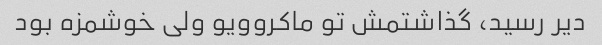
دیر رسید، گذاشتمش تو ماکروویو ولی خوشمزه بود